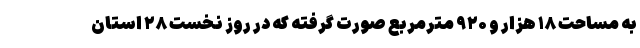
به مساحت ۱۸ هزار و ۹۲۰ مترمربع صورت گرفته که در روز نخست ۲۸ استان